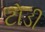
ટોડી